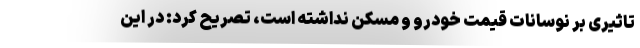
تاثیری بر نوسانات قیمت خودرو و مسکن نداشته است، تصریح کرد: در این